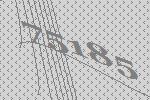
75185